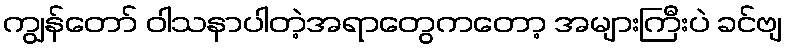
ကျွန်တော် ဝါသနာပါတဲ့အရာတွေကတော့ အများကြီးပဲ ခင်ဗျ